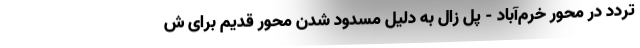
تردد در محور خرم‌آباد - پل زال به دلیل مسدود شدن محور قدیم برای ش